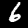
Label: 6